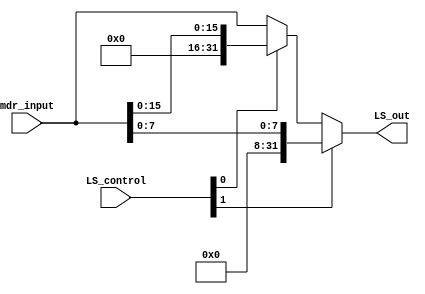
module load_size_control(
    input wire [1:0] LS_control,
    input wire [31:0] mdr_input,
    output wire [31:0] LS_out
);

    wire [31:0] LWH;

    // LS_control = 00 -> lw
    // LS_control = 01 -> lh
    // LS_control = 1? -> lb

    // se o bit mais a direita for 1,  lh, se no lw
    assign LWH = (LS_control[0]) ? {{16'd0}, mdr_input[15:0]} : mdr_input;

    // se o bit mais a esquerda for 1  lb
    assign LS_out = (LS_control[1]) ? {{24'd0}, mdr_input[7:0]} : LWH;

endmodule